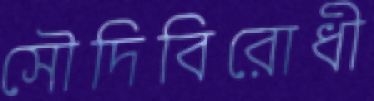
সৌদিবিরোধী